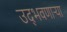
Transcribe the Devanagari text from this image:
उद्‌भवणार्‍या